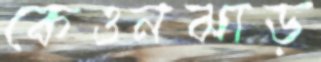
কেওনঝাড়